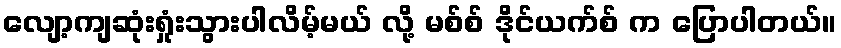
လျော့ကျဆုံးရှုံးသွားပါလိမ့်မယ် လို့ မစ်စ် ဒိုင်ယက်စ် က ပြောပါတယ်။